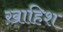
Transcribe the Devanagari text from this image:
ख़ाहिश